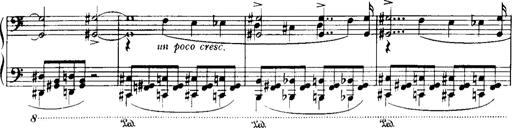
Title: Historische ungarische Bildnisse
Composer: Franz Liszt